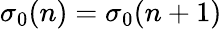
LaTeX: \sigma_{0}(n)=\sigma_{0}(n+1)